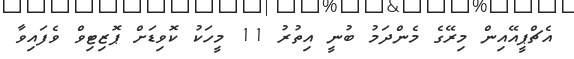
އެޗްޕީއޭއިން މިރޭގެ މެންދަމު ބުނީ އިތުރު 11 މީހަކު ކޮވިޑަށް ޕޮޒިޓިވް ވެފައިވާ